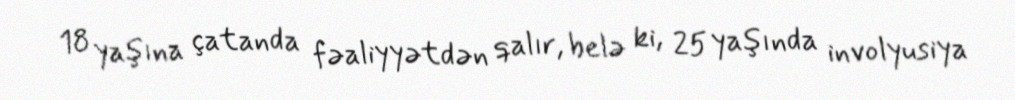
18 yaşına çatanda fəaliyyətdən qalır, belə ki, 25 yaşında involyusiya